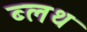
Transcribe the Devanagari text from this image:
ब्लथ